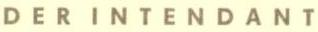
DER INTENDANT